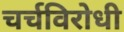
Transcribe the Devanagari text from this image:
चर्चविरोधी